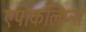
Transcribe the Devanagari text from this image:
एपॉकलिप्स